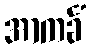
အာကင်္ခံ